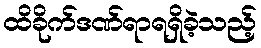
ထိခိုက်ဒဏ်ရာရရှိခဲ့သည့်